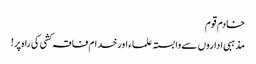
خادم قوم
مذہبی اداروں سے وابستہ علماء اورخدام فاقہ کشی کی راہ پر!